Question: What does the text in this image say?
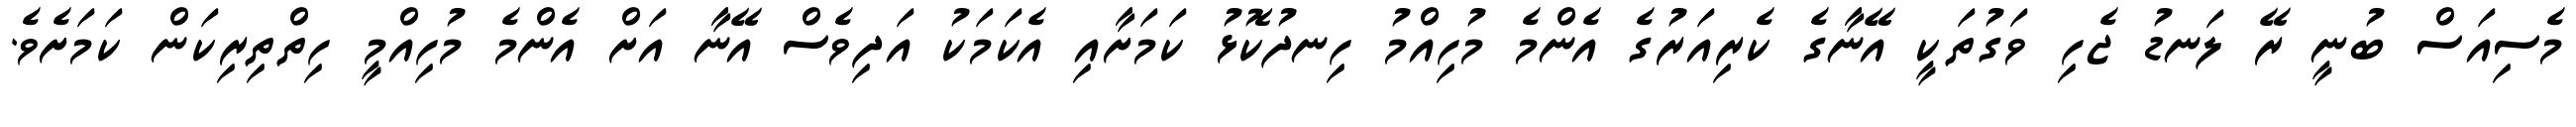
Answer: މެސިއަސް ބުނީ ރޭ ލަނޑު ޖެހި ވަގުތަކީ އޭނާގެ ކެރިއަރުގެ އެންމެ މުހިއްމު ހިނދުކޮޅު ކަމަށާއި އެކަމަކު އަދިވެސް އޭނާ އަށް އެންމެ މުހިއްމީ ހިތްތިރިކަން ކަމަށެވެ.